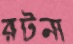
রটনা